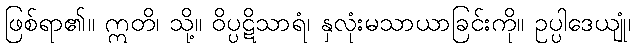
ဖြစ်ရာ၏။ ဣတိ၊ သို့။ ဝိပ္ပဋိသာရံ၊ နှလုံးမသာယာခြင်းကို။ ဥပ္ပါဒေယျုံ၊